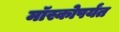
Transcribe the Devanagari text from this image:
मॉस्कोपर्यंत